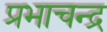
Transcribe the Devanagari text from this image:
प्रभाचन्द्र